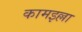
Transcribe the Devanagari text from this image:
कामइल्ला